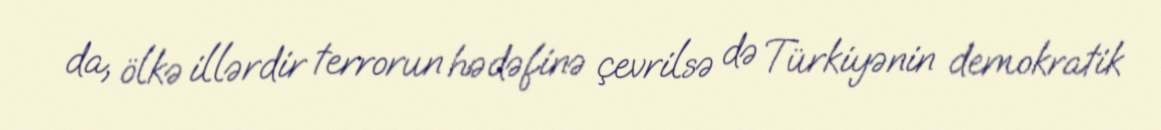
da, ölkə illərdir terrorun hədəfinə çevrilsə də Türkiyənin demokratik